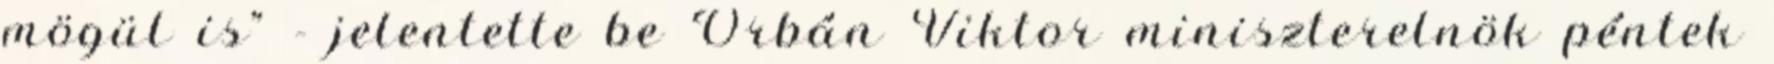
mögül is" - jelentette be Orbán Viktor miniszterelnök péntek